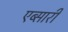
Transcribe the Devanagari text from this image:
एब्सारी